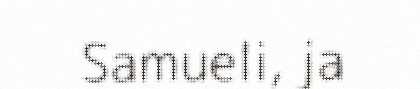
Samueli, ja